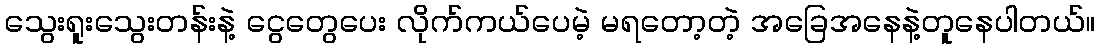
သွေးရူးသွေးတန်းနဲ့ ငွေတွေပေး လိုက်ကယ်ပေမဲ့ မရတော့တဲ့ အခြေအနေနဲ့တူနေပါတယ်။